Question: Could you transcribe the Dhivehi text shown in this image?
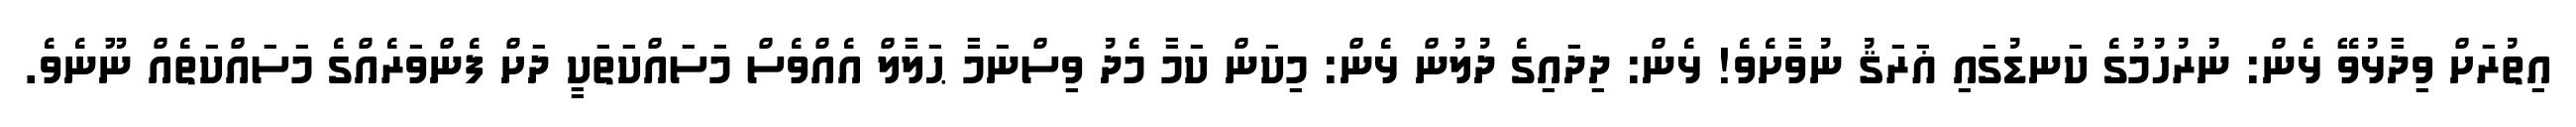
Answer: އިތުރަށް ވިދާޅުވޭ ޅެން: ނުރުހުމުގެ ކަނޑުގައި ޣަރަޤު ނުވާށެވެ! ޅެން: ދިދައިގެ ދުލުން ޅެން: މިކަން ކަމާ މެދު ވިސްނަމާ ޙަލާލް އެއްވެސް މަސައްކަތަކީ ދަށް ފެންވަރެއްގެ މަސައްކަތެއް ނޫނެވެ.